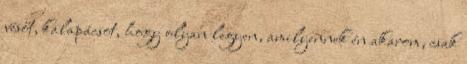
vésőt, kalapácsot, hogy olyan legyen, amilyennek én akarom, csak